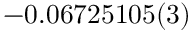
- 0 . 0 6 7 2 5 1 0 5 ( 3 )